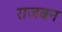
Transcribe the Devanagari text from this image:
राजबन